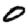
Digit: 0